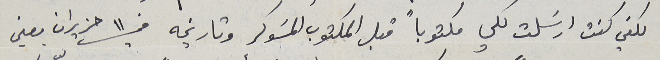
لكني كنت ارسَلت لكي مكتوباً قبل المكتوب المسَوكر وتاريخه في ١١ حزيران يعني